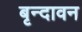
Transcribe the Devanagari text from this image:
बृन्दावन